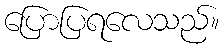
ပြောပြရလေသည်။